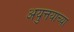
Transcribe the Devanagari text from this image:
अयुत्तयाच्या